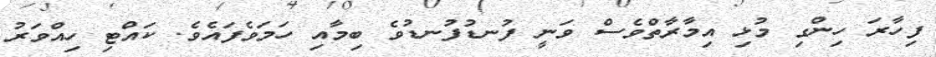
ފިހާރަ ހިންގި މުޅި އިމާރާތްވެސް ވަނީ ފުނޑުފުނޑުވެ ބިމާއި ހަމަވެފައެެވެ. ކައްޓި ހިއްވަރު